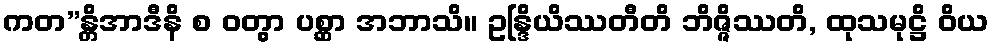
ကတ”န္တိအာဒီနိ စ ဝတွာ ပစ္ဆာ အဘာသိ။ ဥန္ဒြိယိဿတီတိ ဘိဇ္ဇိဿတိ, ထုသမုဋ္ဌိ ဝိယ